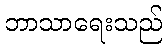
ဘာသာရေးသည်